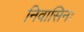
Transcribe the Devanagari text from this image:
निवासिनः